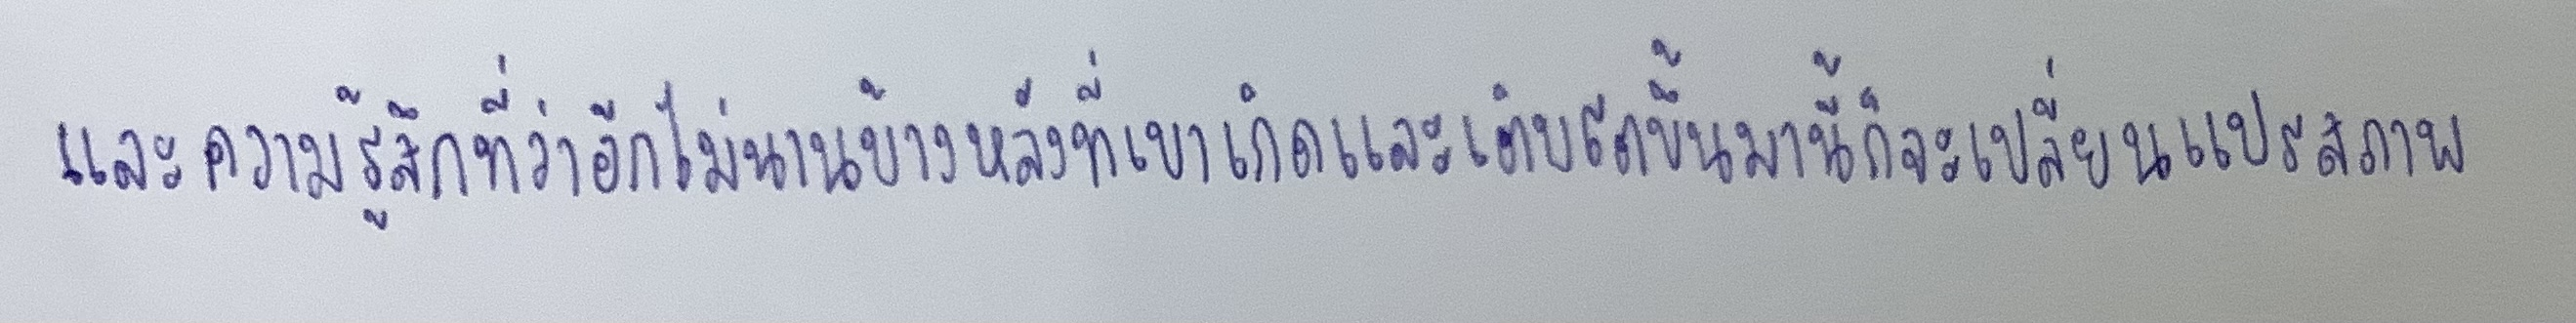
และความรู้สึกที่ว่าอีกไม่นานบ้านหลังที่เขาเกิดและเติบโตขึ้นมานี้ก็จะเปลี่ยนแปรสภาพ